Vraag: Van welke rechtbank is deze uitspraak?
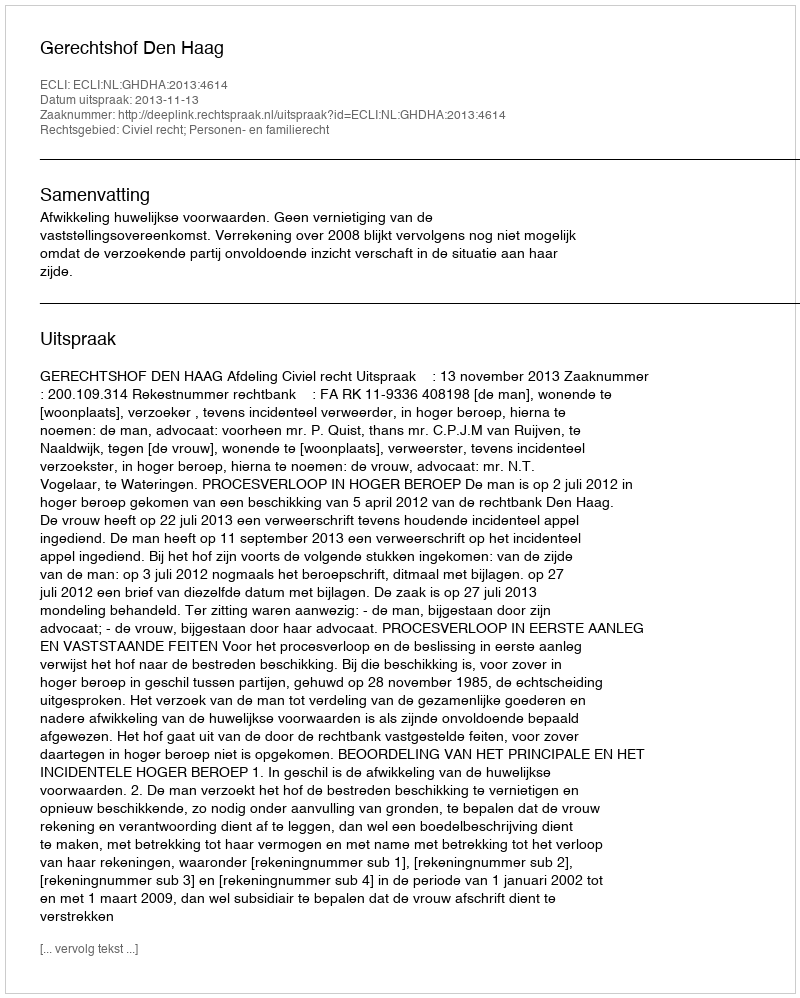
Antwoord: Gerechtshof Den Haag